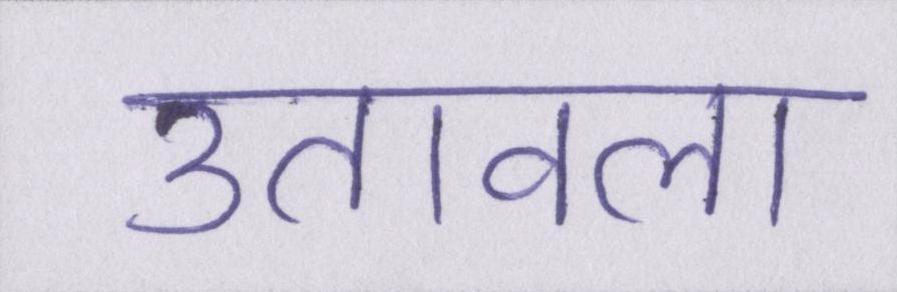
उतावला